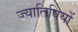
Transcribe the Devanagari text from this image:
ज्यातिषियों